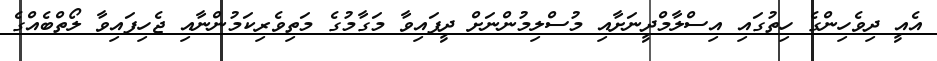
އެއީ ދިވެހިންގެ ހިތުގައި އިސްލާމްދީނަށާއި މުސްލިމުންނަށް ދީފައިވާ މަގާމުގެ މަތިވެރިކަމުންނާއި ޖެހިފައިވާ ލޯތްބެއްގެ